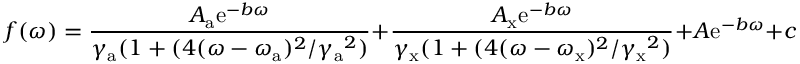
f ( \omega ) = \frac { A _ { \mathrm { a } } \mathrm { e } ^ { - b \omega } } { \gamma _ { \mathrm { a } } ( 1 + ( 4 ( \omega - \omega _ { \mathrm { a } } ) ^ { 2 } / { \gamma _ { \mathrm { a } } } ^ { 2 } ) } + \frac { A _ { \mathrm { x } } \mathrm { e } ^ { - b \omega } } { \gamma _ { \mathrm { x } } ( 1 + ( 4 ( \omega - \omega _ { \mathrm { x } } ) ^ { 2 } / { \gamma _ { \mathrm { x } } } ^ { 2 } ) } + A \mathrm { e } ^ { - b \omega } + c